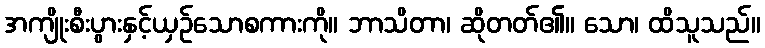
အကျိုးစီးပွားနှင့်ယှဉ်သောစကားကို။ ဘာသိတာ၊ ဆိုတတ်၏။ သော၊ ထိသူသည်။